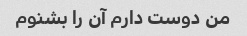
من دوست دارم آن را بشنوم